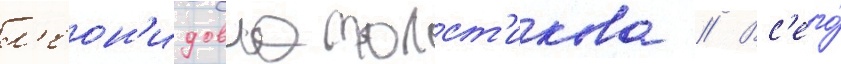
л'еон'идовна толст'икова // Вс'его́